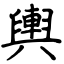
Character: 輿